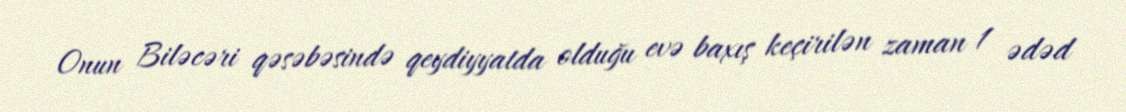
Onun Biləcəri qəsəbəsində qeydiyyatda olduğu evə baxış keçirilən zaman 1 ədəd